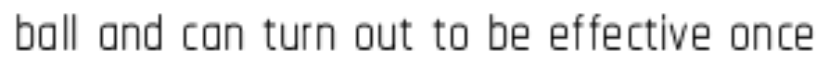
ball and can turn out to be effective once